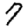
Digit: 7